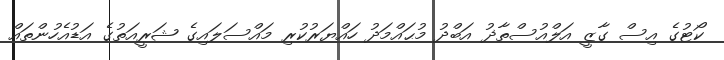
ކޯޓުގެ އިސް ގާޒީ އަލްއުސްތާޛު އަބްދު މުޙައްމަދު ހައްޔަރުކުރި މައްސަލައިގެ ޝަރީއަތުގެ އަޑުއެހުންތައް